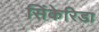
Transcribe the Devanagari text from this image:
सिंकेरिडा